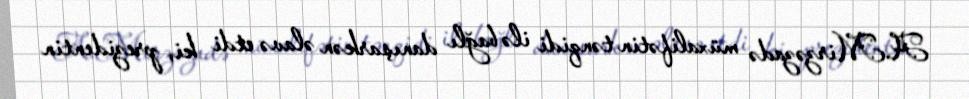
A.Mirzəzadə müxalifətin tənqidi ilə bağlı danışarkən əlavə etdi ki, prezidentin